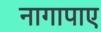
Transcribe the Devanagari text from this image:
नागापाए